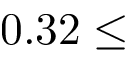
0 . 3 2 \leq